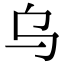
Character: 乌